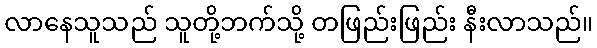
လာနေသူသည် သူတို့ဘက်သို့ တဖြည်းဖြည်း နီးလာသည်။